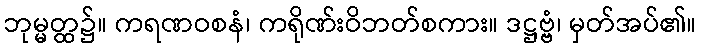
ဘုမ္မတ္ထ၌။ ကရဏဝစနံ၊ ကရိုဏ်းဝိဘတ်စကား။ ဒဋ္ဌဗ္ဗံ၊ မှတ်အပ်၏။